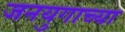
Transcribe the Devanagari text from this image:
जनयुगाच्या